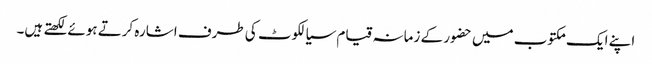
اپنے ایک مکتوب میں حضور کے زمانہ قیام سیالکوٹ کی طرف اشارہ کرتے ہوئے لکھتے ہیں۔